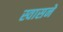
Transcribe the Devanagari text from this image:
स्वासने